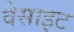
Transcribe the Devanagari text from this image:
वेसाइट